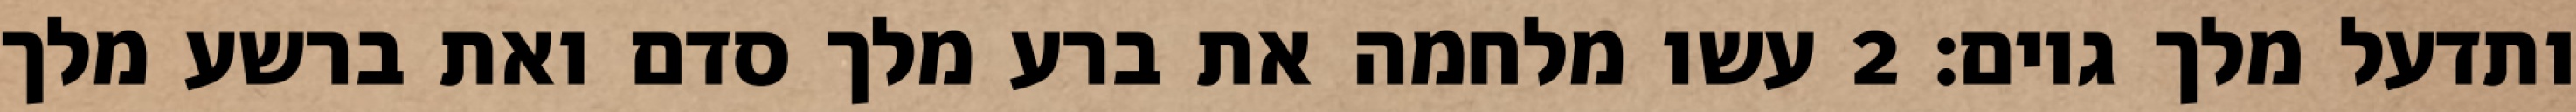
ותדעל מלך גוים׃ ‎2‏ עשו מלחמה את ברע מלך סדם ואת ברשע מלך